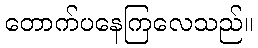
တောက်ပနေကြလေသည်။